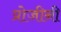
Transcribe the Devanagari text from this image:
प्रोजीनी